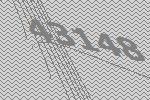
43148